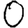
Digit: 0